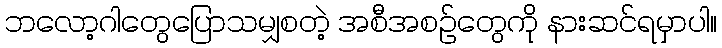
ဘလော့ဂါတွေပြောသမျှစတဲ့ အစီအစဉ်တွေကို နားဆင်ရမှာပါ။